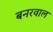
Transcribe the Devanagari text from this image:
बनरवाल